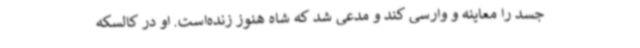
جسد را معاینه و وارسی کند و مدعی شد که شاه هنوز زنده‌است. او در کالسکه